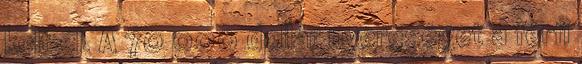
kelt el. A 70 000 dollár nyereséget a férfi